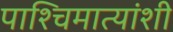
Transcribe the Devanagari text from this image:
पाश्चिमात्यांशी